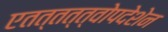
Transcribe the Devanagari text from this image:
एतत्तत्त्वोपदेशेन